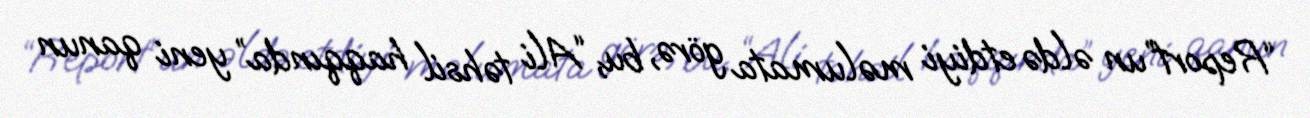
“Report”un əldə etdiyi məlumata görə, bu, “Ali təhsil haqqında” yeni qanun